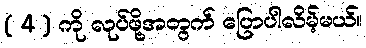
( 4 ) ကို လုပ်ဖို့အတွက် ပြောပါလိမ့်မယ်။